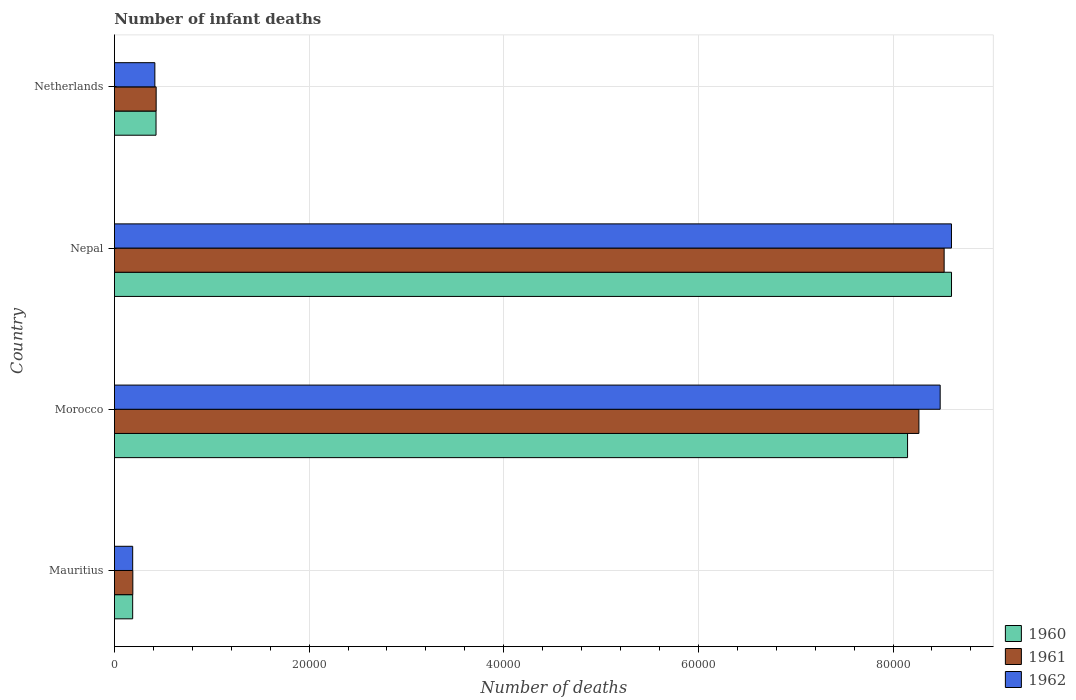
| Country | 1960 | 1961 | 1962 |
 | --- | --- | --- | --- |
 | Mauritius | 1.88e+03 | 1.89e+03 | 1.88e+03 |
 | Morocco | 8.15e+04 | 8.27e+04 | 8.48e+04 |
 | Nepal | 8.6e+04 | 8.53e+04 | 8.6e+04 |
 | Netherlands | 4.28e+03 | 4.29e+03 | 4.16e+03 |